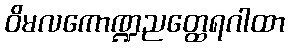
ဝိမလကောဏ္ဍညတ္ထေရဂါထာ